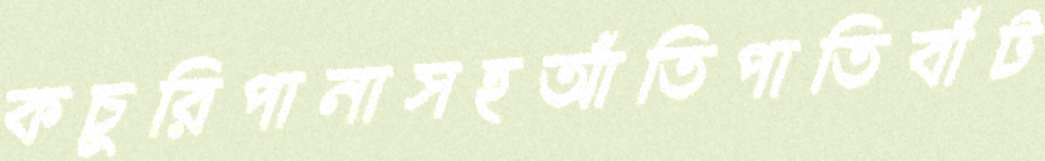
কচুরিপানাসহআঁতিপাতিবাঁট